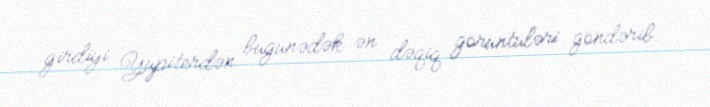
girdiyi Yupiterdən bugünədək ən dəqiq görüntüləri göndərib.